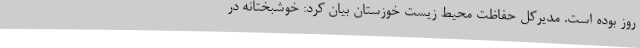
روز بوده است. مدیرکل حفاظت محیط زیست خوزستان بیان کرد: خوشبختانه در